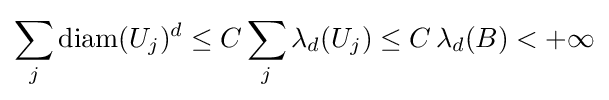
\sum _{j}\operatorname {diam} (U_{j})^{d}\leq C\sum _{j}\lambda _{d}(U_{j})\leq C\,\lambda _{d}(B)<+\infty